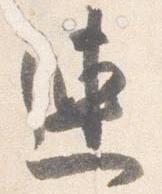
連